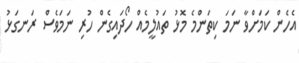
އެހެން ކަމަށްވާ ނަމަ ކިތަންމެ މޮޅު ތައުލީމެއް ހޯދައިގެން ހުރި ނަމަވެސް ރަނގަޅު